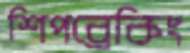
শিপব্রেকিং